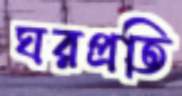
ঘরপ্রতি